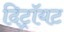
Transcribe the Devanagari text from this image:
दिट्रॉयट